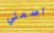
اصمتي